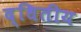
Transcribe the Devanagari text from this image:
द्धितीय